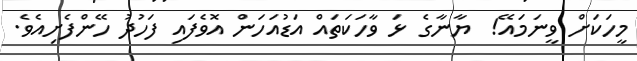
މީހަކަށް ވީނަމައޭ!  ޔާނާގެ ޅަ ވާހަކަތައް އަޑުއަހަން އޮވެފައި ފަހުދު ހޭންފެށިއެވެ.